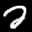
Label: 2